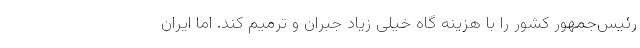
رئیس‌جمهور کشور را با هزینه گاه خیلی زیاد جبران و ترمیم کند. اما ایران